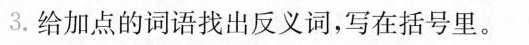
3.给加点的词语找出反义词，写在括号里。